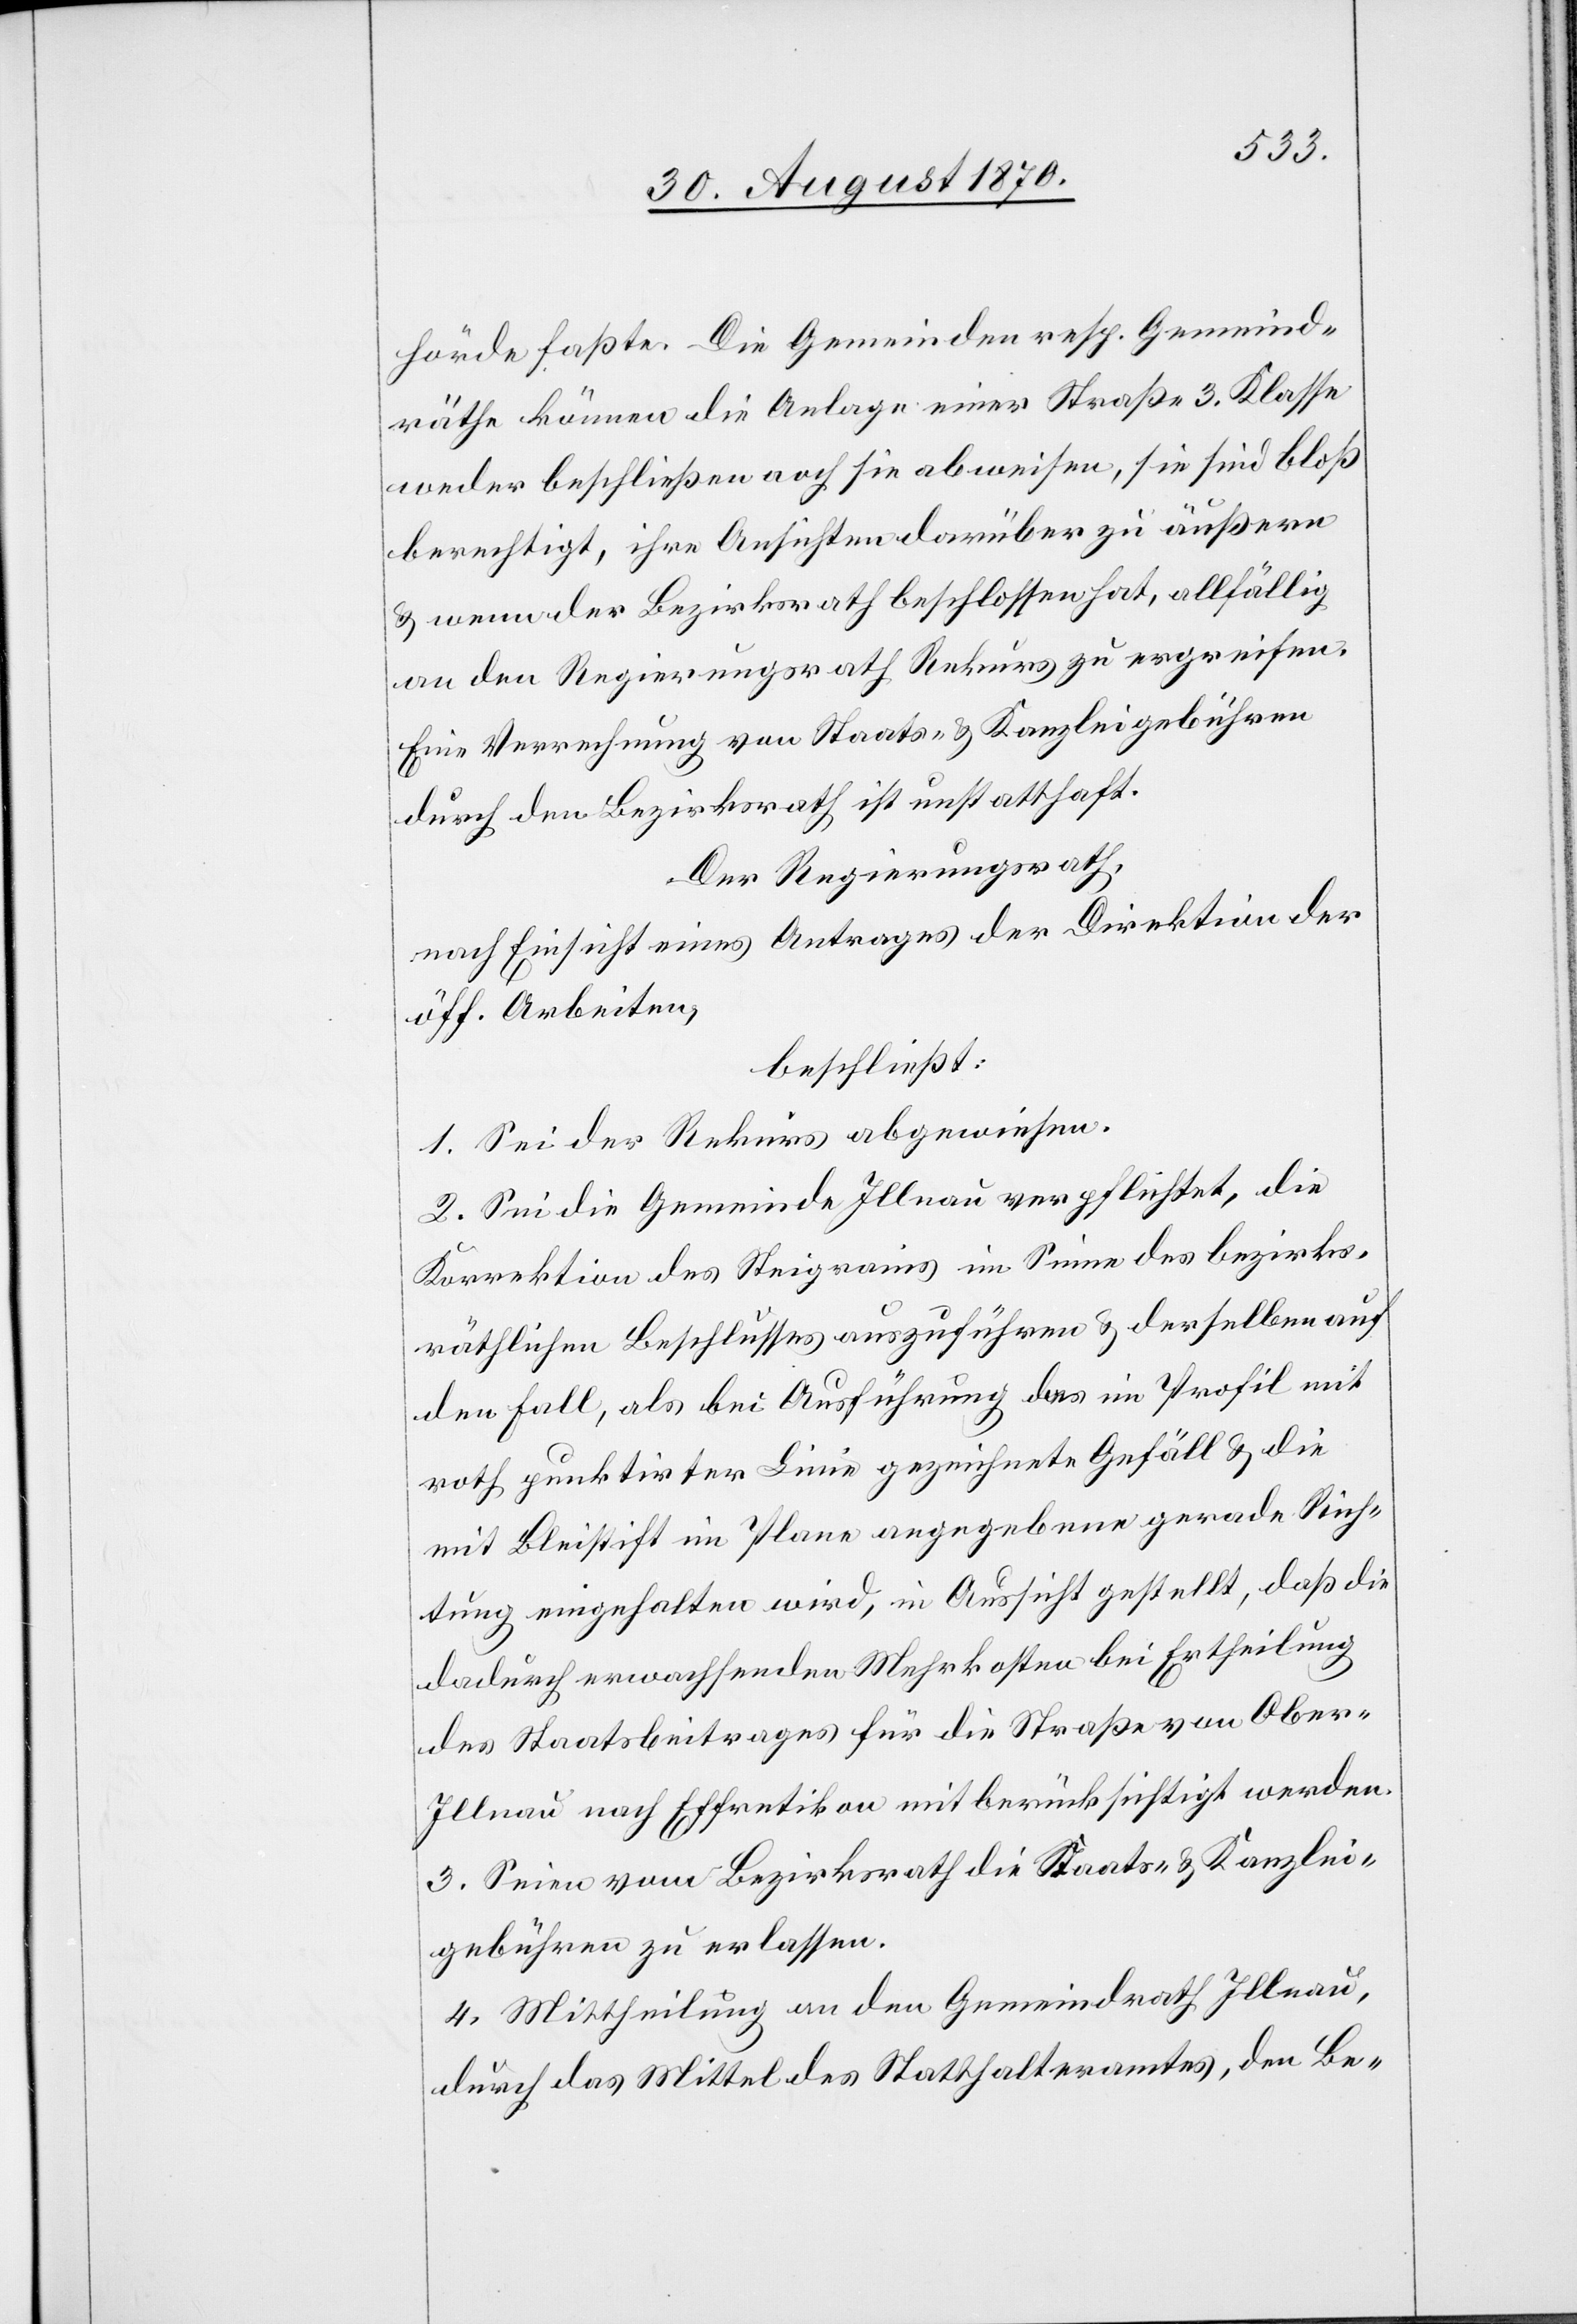
hörde faßte. Die Gemeinden resp. Gemeind¬
räthe können die Anlage einer Straße 3. Klasse
weder beschließen noch sie abweisen, sie sind bloß
berechtigt, ihre Ansichten darüber zu äußern
& wenn der Bezirksrath beschlossen hat, allfällig
an den Regierungsrath Rekurs zu ergreifen.
Eine Verrechnung von Staats- & Kanzleigebühren
durch den Bezirksrath ist unstatthaft.
Der Regierungsrath,
nach Einsicht eines Antrages der Direktion der
öff. Arbeiten,
beschließt:
1. Sei der Rekurs abgewiesen.
2. Sei die Gemeinde Illnau verpflichtet, die
Korrektion des Steigrains im Sinne des bezirks¬
räthlichen Beschlusses auszuführen & derselben auf
den Fall, als bei Ausführung das im Profil mit
roth punktirter Linie gezeichnete Gefäll & die
mit Bleistift im Plane angegebene gerade Rich¬
tung eingehalten wird, in Aussicht gestellt, daß die
dadurch erwachsenden Mehrkosten bei Ertheilung
des Staatsbeitrages für die Straße von Ober-I¬
llnau nach Effretikon mitberücksichtigt werden.
3. Seien vom Bezirksrath die Staats- & Kanzlei¬
gebühren zu erlassen.
4. Mittheilung an den Gemeindrath Illnau,
durch das Mittel des Statthalteramtes, den Be-